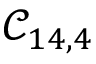
\mathcal { C } _ { 1 4 , 4 }